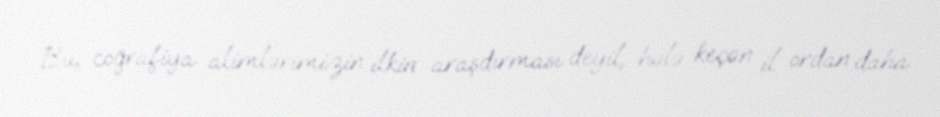
Bu, coğrafiya alimlərimizin ilkin araşdırması deyil, hələ keçən il ordan daha